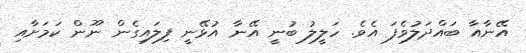
އޭނާއާ ބައްދަލުވެފަ އެވެ. ހަލީލު ބުނީ އޭނާ އުޅޭނީ ފިލައިގެން ނޫން ކަމަށާއި